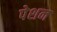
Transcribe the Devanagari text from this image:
पेशन